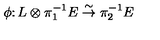
\phi \colon L \otimes \pi _ { 1 } ^ { - 1 } E \stackrel { \sim } { \to } \pi _ { 2 } ^ { - 1 } E